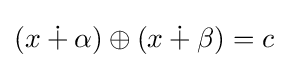
(x\dotplus \alpha )\oplus (x\dotplus \beta )=c